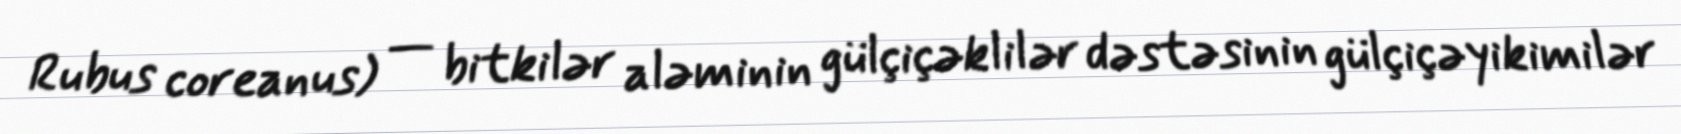
Rubus coreanus) — bitkilər aləminin gülçiçəklilər dəstəsinin gülçiçəyikimilər